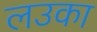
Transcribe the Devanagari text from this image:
लउका